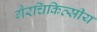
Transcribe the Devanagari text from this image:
गैरचिकित्सीय